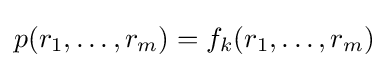
p(r_{1},\dots ,r_{m})=f_{k}(r_{1},\dots ,r_{m})